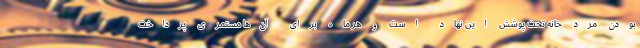
بودن مرد خانه تحت پوشش این نهاد است و هر ماه برای آن‌ها مستمری پرداخت